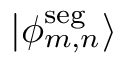
| \phi _ { m , n } ^ { \mathrm { s e g } } \rangle